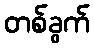
တစ်ခွက်